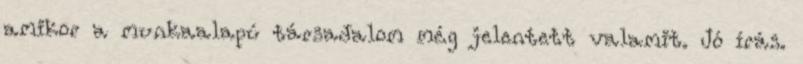
amikor a munkaalapú társadalom még jelentett valamit. Jó írás.